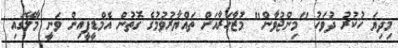
މިދިޔަ ހުކުރު ދުވަހު "މިންޖުވާން" މުޒާހަރާއަށް ތައްޔާރުވުމުގެ ގޮތުން އެމްޑީޕީއިން ވަނީ މާލޭގައި